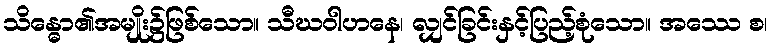
သိန္ဓော၏အမျိုး၌ဖြစ်သော။ သီဃဝါဟနေ၊ လျှင်ခြင်းနှင့်ပြည့်စုံသော။ အဿေ စ၊